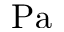
\mathrm { P a }